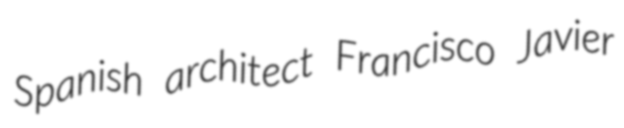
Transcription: Spanish architect Francisco Javier